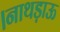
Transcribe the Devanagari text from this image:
।नाथड़ाऊ